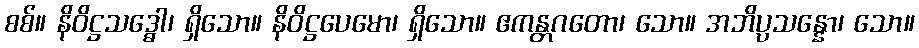
စစ်။ နိဝိဋ္ဌသဒ္ဓေါ၊ ရှိသော။ နိဝိဋ္ဌပေမော၊ ရှိသော။ ဧကန္တဂတော၊ သော။ အဘိပ္ပသန္နော၊ သော။